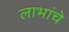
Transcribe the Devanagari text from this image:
लाभांचे